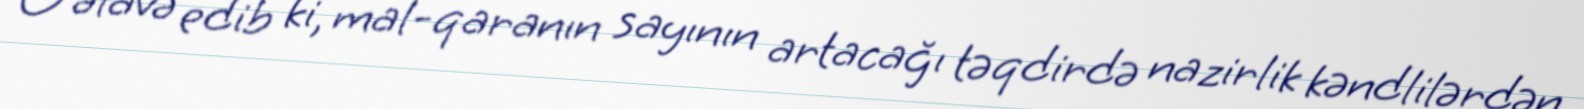
O əlavə edib ki, mal-qaranın sayının artacağı təqdirdə nazirlik kəndlilərdən